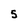
Character: 5